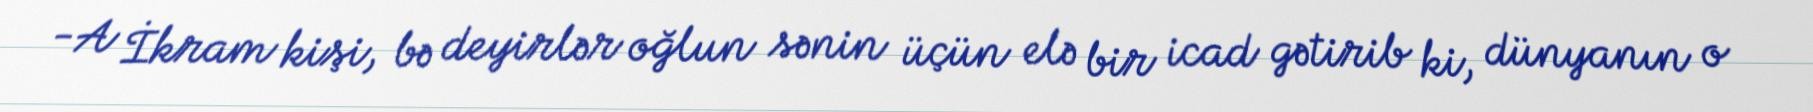
-A İkram kişi, bə deyirlər oğlun sənin üçün elə bir icad gətirib ki, dünyanın o